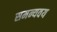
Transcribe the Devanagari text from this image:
समन्यवय